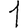
Digit: 1